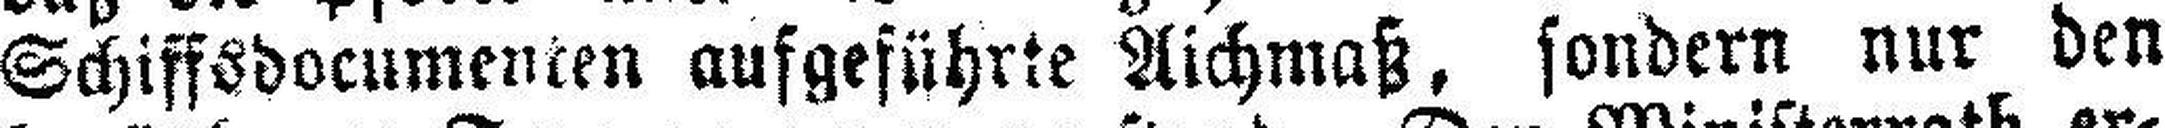
Schiffsdocumenten aufgeführte Aichmaß, sondern nur den